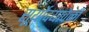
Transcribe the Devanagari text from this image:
सूर्योदयावेळी